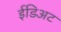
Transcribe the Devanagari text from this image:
ईडिअट